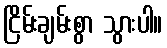
ငြိမ်းချမ်းစွာ သွားပါ။